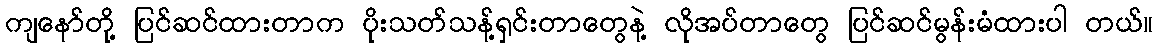
ကျနော်တို့ ပြင်ဆင်ထားတာက ပိုးသတ်သန့်ရှင်းတာတွေနဲ့ လိုအပ်တာတွေ ပြင်ဆင်မွန်းမံထားပါ တယ်။